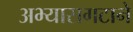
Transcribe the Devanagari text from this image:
अभ्यासगटाने